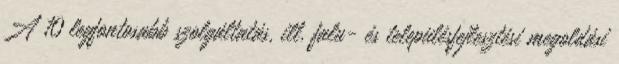
A 10 legfontosabb szolgáltatás, ill. falu- és településfejlesztési megoldási